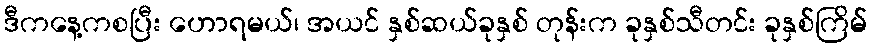
ဒီကနေ့ကစပြီး ဟောရမယ်၊ အယင် နှစ်ဆယ်ခုနှစ် တုန်းက ခုနှစ်သီတင်း ခုနှစ်ကြိမ်